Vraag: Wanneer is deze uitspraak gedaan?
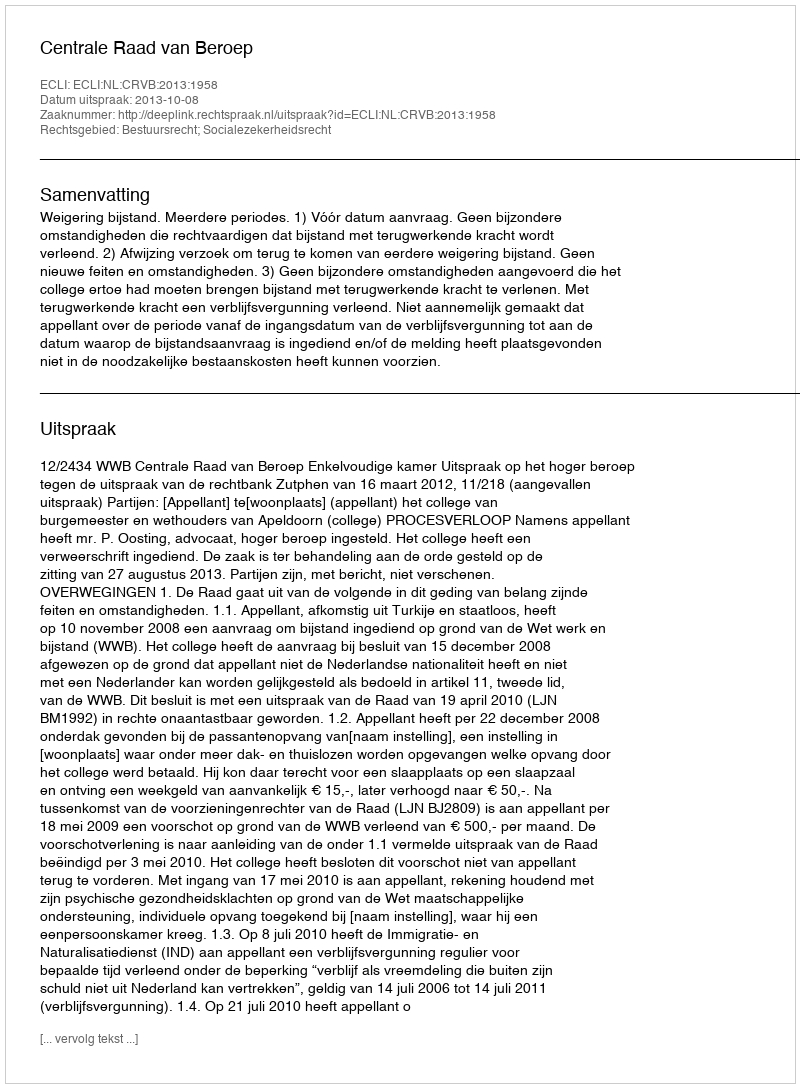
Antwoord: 2013-10-08